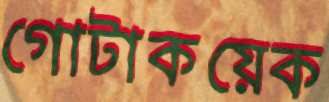
গোটাকয়েক